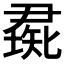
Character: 𥏰